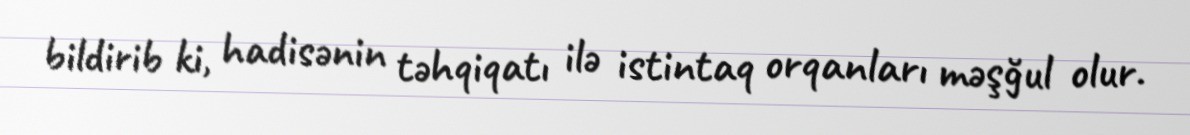
bildirib ki, hadisənin təhqiqatı ilə istintaq orqanları məşğul olur.